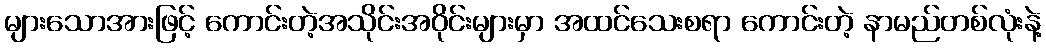
များသောအားဖြင့် ကောင်းတဲ့အသိုင်းအဝိုင်းများမှာ အထင်သေးစရာ ကောင်းတဲ့ နာမည်တစ်လုံးနဲ့